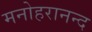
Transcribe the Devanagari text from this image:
मनोहरानन्द